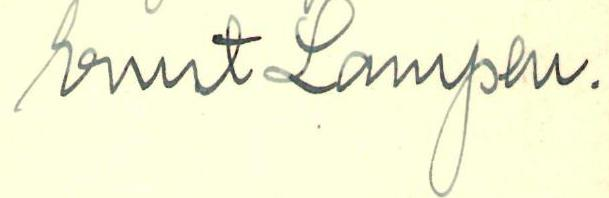
Ernst Lampen.